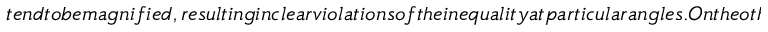
t e n d t o b e m a g n i f i e d , r e s u l t i n g i n c l e a r v i o l a t i o n s o f t h e i n e q u a l i t y a t p a r t i c u l a r a n g l e s . O n t h e o t h e r h a n d , s i n c e t h e p r o d u c t s t a t e i s c h a n g e d b y t h e p o l a r i z a t i o n r o t a t o r a s s h o w n i n F i g . ~ ( b ) , t e r m s c o m p o s e d o f t h e c o r r e l a t i o n s t e n d t o c a n c e l e a c h o t h e r . T h i s f a c t p r e v e n t s